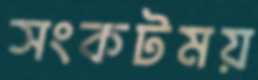
সংকটময়